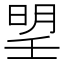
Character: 𣈂